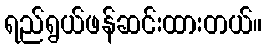
ရည်ရွယ်ဖန်ဆင်းထားတယ်။